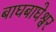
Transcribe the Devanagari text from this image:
बाघबाघेश्वर